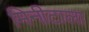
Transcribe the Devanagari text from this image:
मिनीटाला